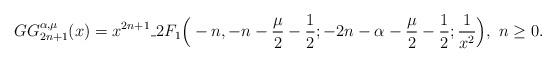
LaTeX: \begin{align*}GG_{2n+1}^{\alpha,\mu}(x)=x^{2n+1}\_{2}F_{1}\Big(-n,-n-\frac{\mu}{2}-\frac{1}{2};-2n-\alpha-\frac{\mu}{2}-\frac{1}{2};\frac{1}{x^{2}}\Big),\ n\geq0.\end{align*}